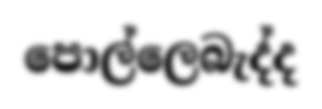
පොල්ලෙබැද්ද